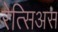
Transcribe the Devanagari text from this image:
रेत्सिअस